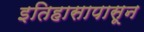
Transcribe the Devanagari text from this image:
इतिहासापासून